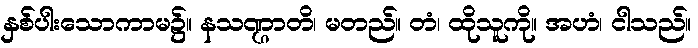
နှစ်ပါးသောကာမ၌။ နသဏ္ဌာတိ၊ မတည်။ တံ၊ ထိုသူကို။ အဟံ၊ ငါသည်။